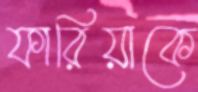
ফারিয়াকে